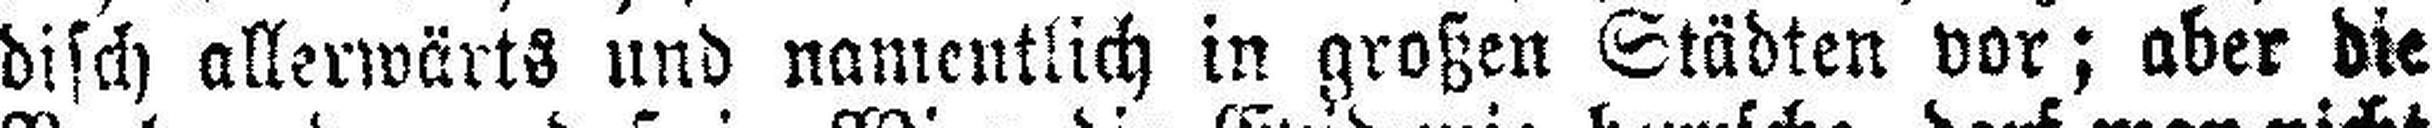
disch allerwärts und namentlich in großen Städten vor; aber die